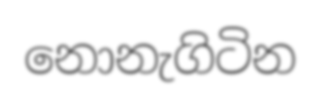
නොනැගිටින